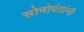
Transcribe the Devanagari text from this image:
सोनोपंतांनी